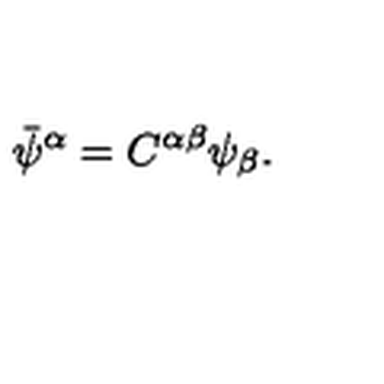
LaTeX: \bar { \psi } ^ { \alpha } = C ^ { \alpha \beta } \psi _ { \beta } .